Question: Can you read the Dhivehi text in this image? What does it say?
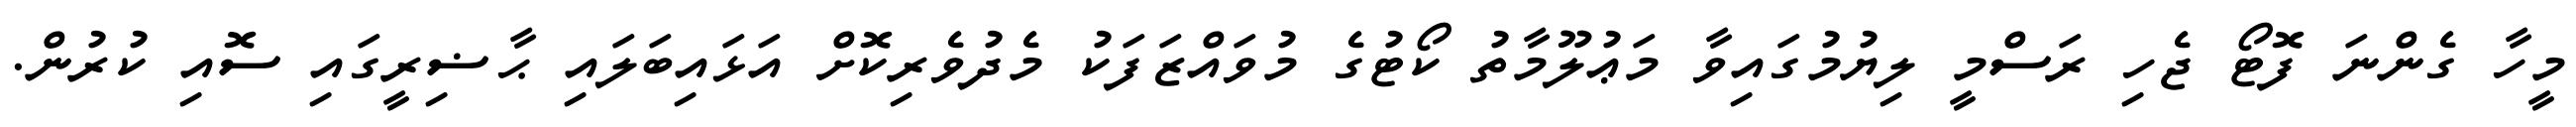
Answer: މީހާ ގެންނަ ފޮޓޯ ޖެހި ރަސްމީ ލިޔުމުގައިވާ މަޢުލޫމާތު ކޯޓުގެ މުވައްޒަފަކު މެދުވެރިކޮށް އަޅައިބަލައި ޙާޟިރީގައި ސޮއި ކުރުން.